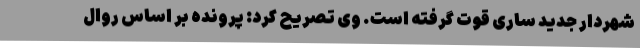
شهردار جدید ساری قوت گرفته است. وی تصریح کرد: پرونده بر اساس روال